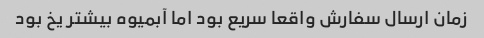
زمان ارسال سفارش واقعا سریع بود اما آبمیوه بیشتر یخ بود